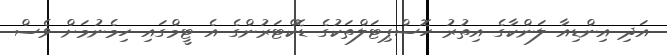
އަދި އިންޑިއާ ލަންކާގެ އިތުރު ހޮސްޕިޓަލްތަކުގެ ޑޮކްޓަރުންގެ އެ ޓީމްގައި ހިމެނުމަށް ވެސް